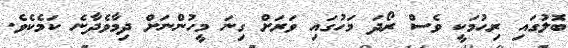
ބޮލުގައި ރިހުމަކީ ވެސް ރޯދަ މަހުގައި ވަރަށް ގިނަ މީހުންނަށް ދިމާވެދާނެ ކަމެކެވެ.